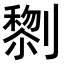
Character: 𭄔